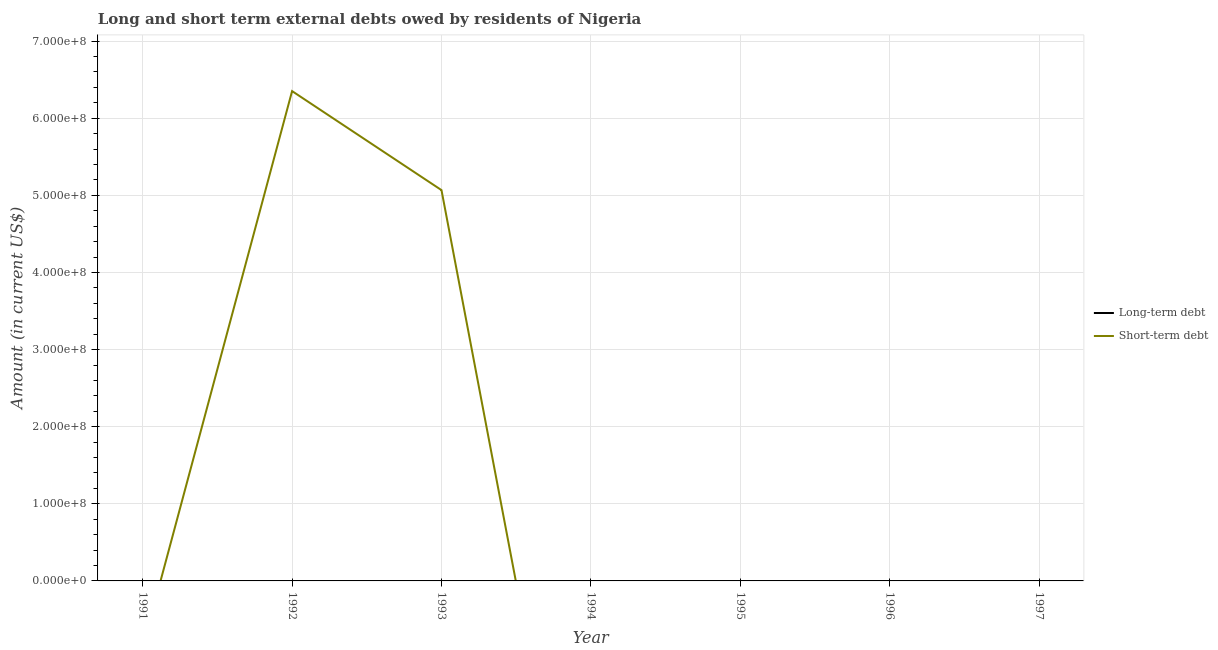
| Year | Long-term debt | Short-term debt |
 | --- | --- | --- |
 | 1991 | -7.55e+07 | -8.62e+07 |
 | 1992 | -8.97e+06 | 6.35e+08 |
 | 1993 | -3.52e+07 | 5.07e+08 |
 | 1994 | -1.48e+08 | -5.12e+08 |
 | 1995 | -4.84e+08 | -7.31e+07 |
 | 1996 | -8.23e+08 | -2.24e+08 |
 | 1997 | -5.2e+08 | -1.37e+08 |